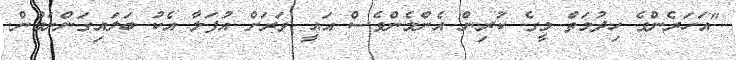
"އަހަރެންގެ ހިދުމަތް މީގެ ކުރިން އެންމެންވެސް އައީ ވަރަށް އުފަލާ އެކު ބަލައިގަންނަމުން.